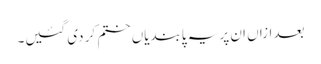
بعد ازاں ان پر یہ پابندیاں ختم کر دی گئیں۔